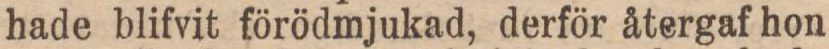
hade blifvit förödmjukad, derför återgaf hon